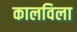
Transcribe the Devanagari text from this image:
कालविला